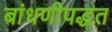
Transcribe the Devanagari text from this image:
बांधणीपद्धत